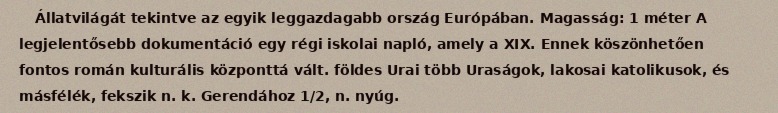
Állatvilágát tekintve az egyik leggazdagabb ország Európában. Magasság: 1 méter A legjelentősebb dokumentáció egy régi iskolai napló, amely a XIX. Ennek köszönhetően fontos román kulturális központtá vált. földes Urai több Uraságok, lakosai katolikusok, és másfélék, fekszik n. k. Gerendához 1/2, n. nyúg.